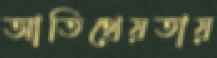
আতিথেয়তায়